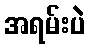
အရမ်းပဲ